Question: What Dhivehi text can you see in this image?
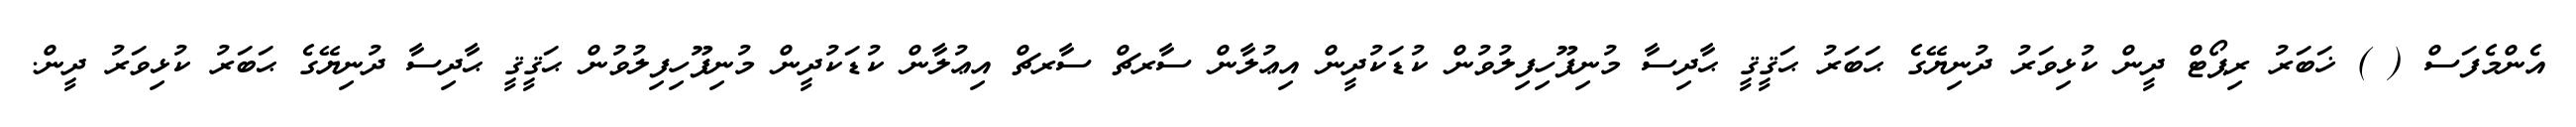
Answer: އެންމެފަސް ( ) ޚަބަރު ރިޕޯޓް ދީން ކުޅިވަރު ދުނިޔޭގެ ޙަބަރު ޙަޤީޤީ ޙާދިސާ މުނިފޫހިފިލުވުން ކުޑަކުދީން އިޢުލާން ސާރޗް ސާރޗް އިޢުލާން ކުޑަކުދީން މުނިފޫހިފިލުވުން ޙަޤީޤީ ޙާދިސާ ދުނިޔޭގެ ޙަބަރު ކުޅިވަރު ދީން.